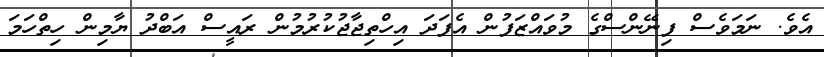
އެވެ. ނަމަވެސް ފިނޭންސްގެ މުވައްޒަފުން އެފަދަ އިހްތިޖާޖުކުރުމުން ރައީސް އަބްދު ޔާމިން ހިތްހަމަ